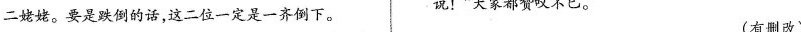
二姥姥。要是跌倒的话，这二位一定是一齐倒下。说！”大家都赞叹不已。(有删改)